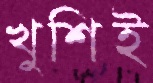
খুশিই